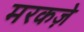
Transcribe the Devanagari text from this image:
मरकज़े